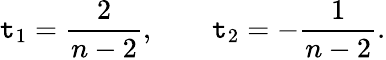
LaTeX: \mathtt{t}_{1}={\frac{{2}}{{n-2}}},\qquad\mathtt{t}_{2}=-{\frac{{1}}{{n-2}}}.